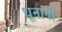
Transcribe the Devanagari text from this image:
धूनांनी